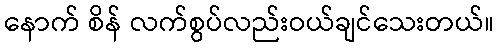
နောက် စိန် လက်စွပ်လည်းဝယ်ချင်သေးတယ်။